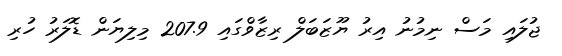
ޖުލައި މަސް ނިމުނު އިރު ޔޫޒަބަލް ރިޒާވްގައި 207.9 މިލިޔަން ޑޮލަރު ހުރި